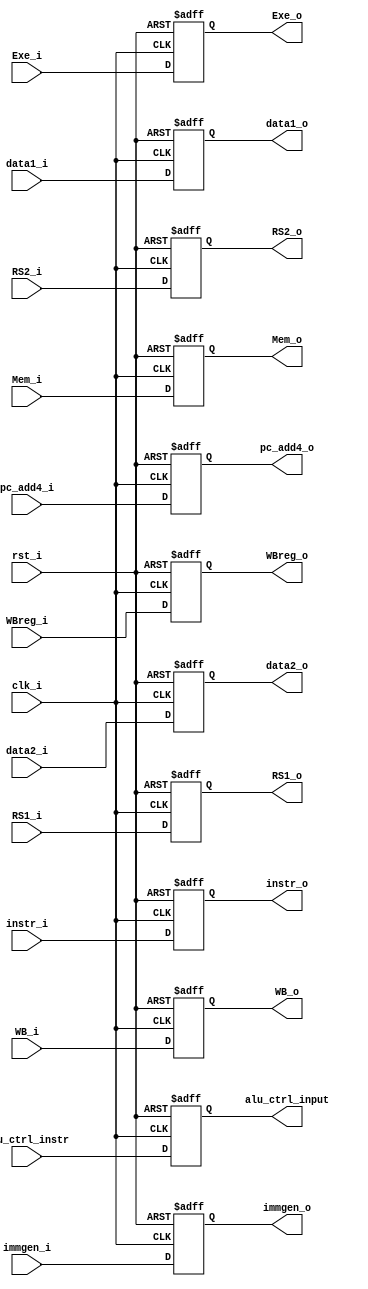
`timescale 1ns/1ps
module IDEXE_register (
    // rs1rs2input  output ????
    input clk_i,
    input rst_i,
    input [31:0] instr_i,

    // MUX 
    input [3:0] WB_i,           //4 bitMemToReg(WriteBack)  RegWite  jump
    input [1:0] Mem_i,          //2 bitMemWrite  MemRead branch branch L2
    input [2:0] Exe_i,          //3 bitALU_src *1  ALU op*2
    
    input [31:0] data1_i,
    input [31:0] data2_i,

    input [31:0] immgen_i,          
    input [3:0] alu_ctrl_instr,     //???? for what
    input [4:0] WBreg_i,            //rd 
    input [31:0] pc_add4_i,         // for what????
    input [5-1:0] RS1_i,
    input [5-1:0] RS2_i, 
    // src1  src2?
    //--------------------------
    output reg [31:0] instr_o,

    output reg [3:0] WB_o,
    output reg [1:0] Mem_o,
    output reg [2:0] Exe_o,
    
    output reg [31:0] data1_o,
    output reg [31:0] data2_o,
    output reg [31:0] immgen_o,
    output reg [3:0] alu_ctrl_input,
    output reg [4:0] WBreg_o,       //rd
    output reg [31:0] pc_add4_o,
    output reg [5-1:0] RS1_o,
    output reg [5-1:0] RS2_o
);

/* Write your code HERE */
always @(posedge clk_i or negedge rst_i)begin
    if (~rst_i)begin //0
        instr_o <= 0;
        WB_o <= 0;
        Mem_o <= 0;
        Exe_o <= 0;

        data1_o <= 0;
        data2_o <= 0;
        immgen_o <= 0;
        alu_ctrl_input <= 0;
        WBreg_o <= 0;
        pc_add4_o <= 0;
        RS1_o <= 0;
        RS2_o <= 0;
    end
    else begin
        instr_o <= instr_i;
        WB_o <= WB_i;
        Mem_o <= Mem_i;
        Exe_o <= Exe_i;

        data1_o <= data1_i;
        data2_o <= data2_i;
        immgen_o <= immgen_i;
        alu_ctrl_input <= alu_ctrl_instr;
        WBreg_o <= WBreg_i;
        pc_add4_o <= pc_add4_i;
        RS1_o <= RS1_i;
        RS2_o <= RS2_i;
    end


end

endmodule